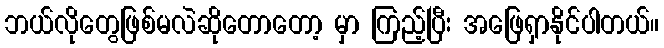
ဘယ်လိုတွေဖြစ်မလဲဆိုတောတော့ မှာ ကြည့်ပြီး အဖြေရှာနိုင်ပါတယ်။